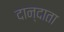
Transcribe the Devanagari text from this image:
दान्दाता